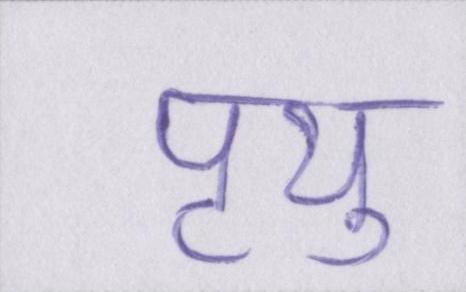
पृथु